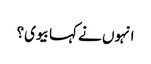
انہوں نے کہا بیوی؟